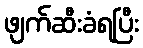
ဖျက်ဆီးခံရပြီး